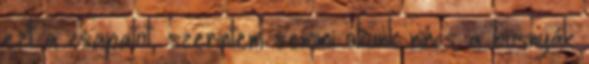
ezt a csapatot, szerintem semmi okunk nincs a bosnyák